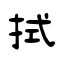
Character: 拭